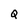
Character: Q